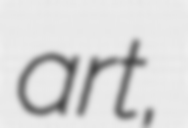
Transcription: art,